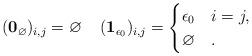
LaTeX: \begin{align*}(\mathbf{0}_{\varnothing})_{i,j}=\varnothing\;\;\;\; (\mathbf{1}_{\epsilon_{0}})_{i,j}=\begin{cases}\epsilon_{0}&i=j,\\\varnothing & .\end{cases}\end{align*}